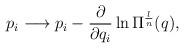
LaTeX: \begin{align*}p_i \longrightarrow p_i - \frac{\partial}{\partial q_i} \ln\Pi^{\frac{l}{n}}(q),\end{align*}